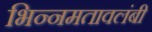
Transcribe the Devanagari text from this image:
भिन्नमतावलंबी